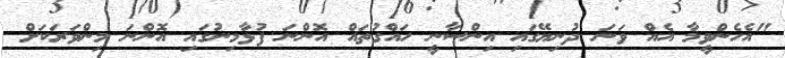
"އެހެންވީމާ އެއް ވަނަ ދުނިޔޭގައި އިންސާނީ ހައްގުތައް އޮންނަ ފުޅާމިނުގައި އޮންނަ މިންވަރަކަށް